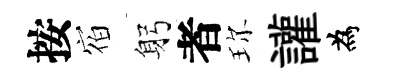
按𪧐躬者珎讙為